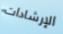
الإرشادات